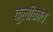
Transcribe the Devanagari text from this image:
कुलीकोव